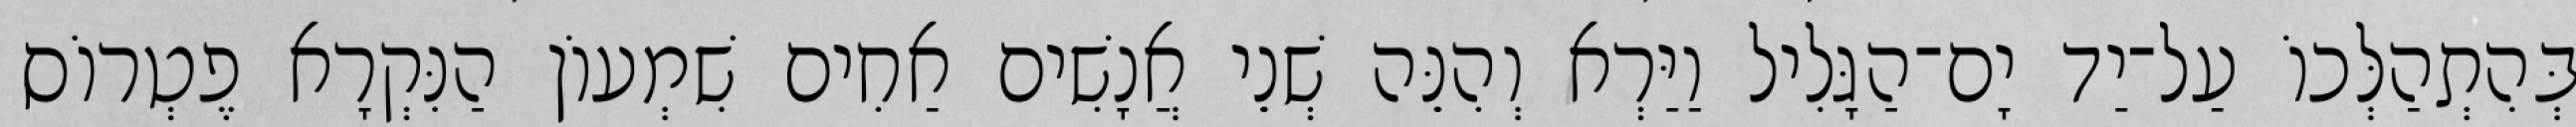
בְּהִתְהַלְּכוֹ עַל־יַד יָם־הַגָּלִיל וַיַּרְא וְהִנֵּה שְׁנֵי אֲנָשִׁים אַחִים שִׁמְעוֹן הַנִּקְרָא פֶטְרוֹס